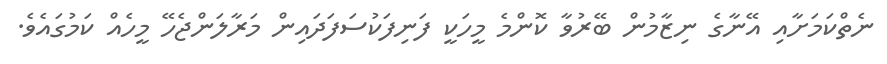
ނެތްކަމަށާއި އޭނާގެ ނިޒާމުން ބޭރުވާ ކޮންމެ މީހަކީ ފަނިފަކުސަފަދައިން މަރާލަންޖެހޭ މީހެއް ކަމުގައެވެ.